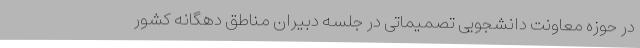
در حوزه معاونت دانشجویی تصمیماتی در جلسه دبیران مناطق دهگانه کشور